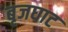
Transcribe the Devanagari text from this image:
बृजघाट